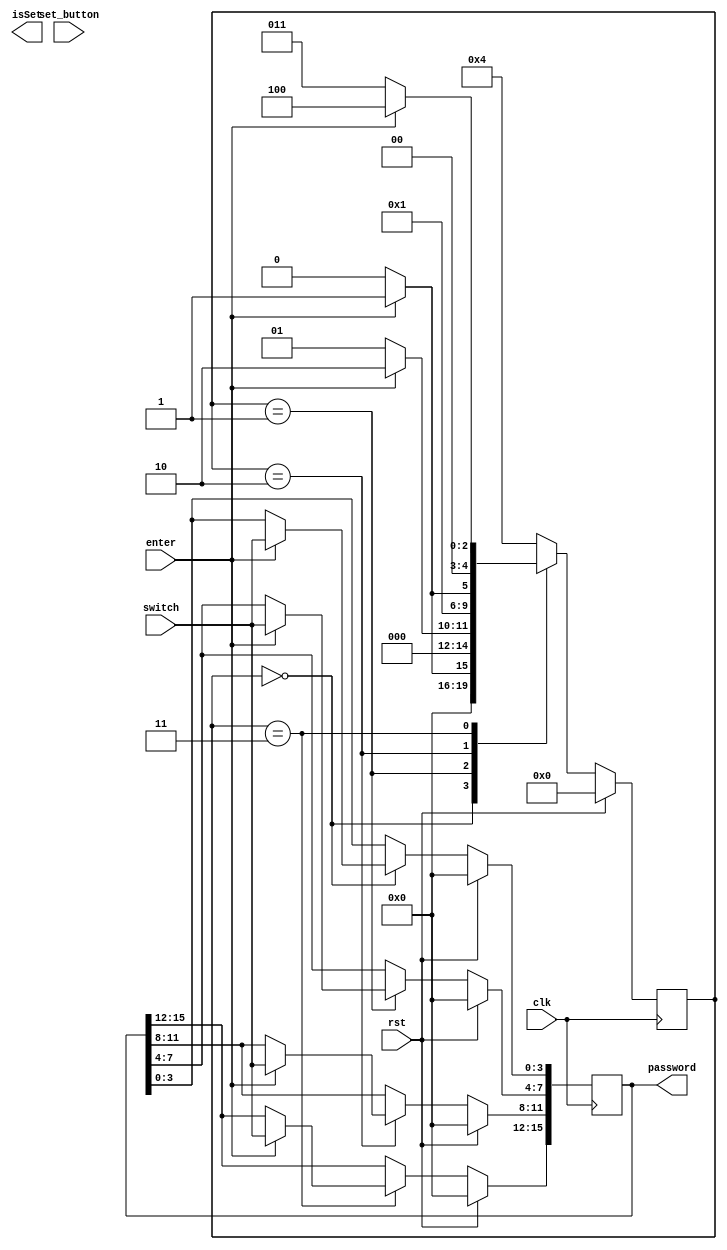
`timescale 1ns / 1ps
//////////////////////////////////////////////////////////////////////////////////
// Company: 
// Engineer: 
// 
// Design Name: 
// Module Name: lock
// Project Name: 
// Target Devices: 
// Tool Versions: 
// Description: 
// 
// Dependencies: 
// 
// Revision:
// Revision 0.01 - File Created
// Additional Comments:
// 
//////////////////////////////////////////////////////////////////////////////////


module lock(
    input clk,
    input rst,
    input enter,
    input set_button,
    input [3:0] switch,
    output reg [15:0] password,
    output reg isSet
    );
    
    reg [4:0] state;
    
    always @(posedge clk)
        begin       
        if (rst == 1'b1)
            begin
            state <= 3'b000; //initial state
            password <= 16'b0000000000000000;  // high impedance password
            //isSet <= 1'b0;     // no password set
            end           
        else 
            case (state)            
            3'b000: // initial state (no input)
                begin
                    //password <= 16'b0000000000000000;
                    if (enter == 1'b1) 
                        begin
                        password[3:0] <= switch;
                        state <= 3'b001;
                        end
                    else
                        state <= 3'b000; 
                end                 
            3'b001: // 1 digit set
                if (enter == 1'b1)
                    begin
                    password[7:4] <= switch;
                    state <= 3'b010;
                    end
                else
                    state <= 3'b001;                    
            3'b010: // 2 digits set
                if (enter == 1'b1)
                    begin
                    password[11:8] <= switch;
                    state <= 3'b011;
                    end
                else
                    state <= 3'b010;             
            3'b011: // 3 digits set
                if (enter == 1'b1)
                    begin
                    password[15:12] <= switch;
                    state <= 3'b100;
                    end
                else
                    state <= 3'b011;   
            //3'b100:
                //isSet <= (set_button) ? 1'b1 : 1'b0;
                /*if (set_button == 1'b1)
                begin
                    isSet <= 1'b1;
                    state <= 3'b000;
                end      
                else
                    state <= 3'b100;   */  
            default: state <= 3'b100; 
            endcase
                 
        end    
     
endmodule